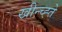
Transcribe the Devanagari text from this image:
खीन्च्ह्ते